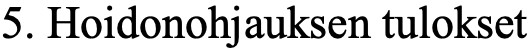
5. Hoidonohjauksen tulokset